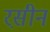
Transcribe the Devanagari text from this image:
रस़ीन